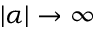
| \alpha | \rightarrow \infty